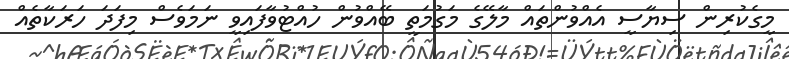
މީގެކުރިން ސިޔާސީ އެއްވުންތައް މާލޭގެ މަގުމަތީ ބޭއްވުން ހުއްޓުވާފައިވީ ނަމަވެސް މިފަދަ ހަރަކާތެއް